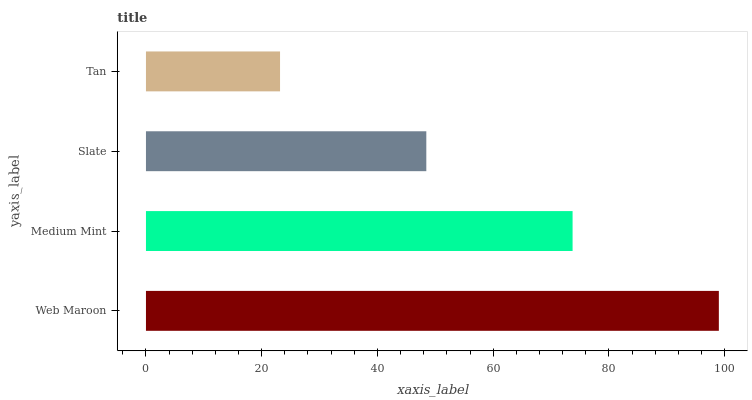
| yaxis_label | bars |
 | --- | --- |
 | Web Maroon | 99 |
 | Medium Mint | 73.7 |
 | Slate | 48.4 |
 | Tan | 23.2 |